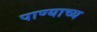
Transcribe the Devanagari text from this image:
पाण्याच्य